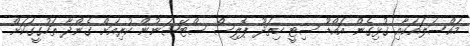
މައްސަލައަކާއި ގުޅިގެން އައްޑޫ ސިޓީ ހިތަދޫ ޕޮލިސް ސްޓޭޝަނުން ކުރިއަށް ގެންދާ ތަހުގީގަކަށް